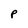
Character: P